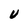
Character: U